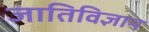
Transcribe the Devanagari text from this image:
जातिविज्ञान